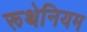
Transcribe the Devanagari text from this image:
रूथेनियम